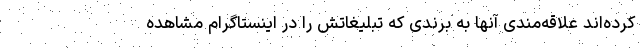
کرده‌اند علاقه‌مندی آنها به برندی که تبلیغاتش را در اینستاگرام مشاهده